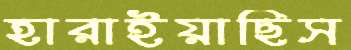
হারাইয়াছিস